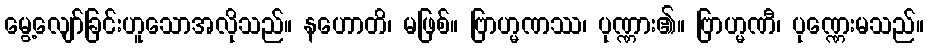
မွေ့လျော်ခြင်းဟူသောအလိုသည်။ နဟောတိ၊ မဖြစ်။ ဗြာဟ္မဏဿ၊ ပုဏ္ဏား၏။ ဗြာဟ္မဏီ၊ ပုဏ္ဏေးမသည်။